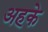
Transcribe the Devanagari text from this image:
अहके